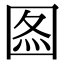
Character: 𡇫